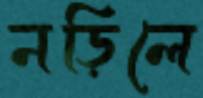
নড়িলে